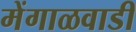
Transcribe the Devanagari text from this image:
मेंगाळवाडी